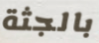
بالجثة